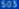
031